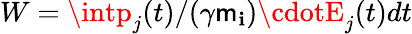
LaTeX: W=\intp_{j}(t)/(\gamma\mathsf{m}_{\mathbf{i}})\cdotE_{j}(t)dt